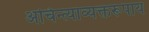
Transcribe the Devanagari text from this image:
अचिन्त्याव्यक्तरूपाय